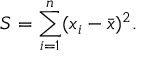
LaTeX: S = \sum _ { i = 1 } ^ { n } ( x _ { i } - { \bar { x } } ) ^ { 2 } .